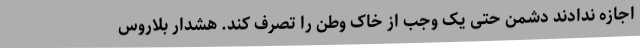
اجازه ندادند دشمن حتی یک وجب از خاک وطن را تصرف کند. هشدار بلاروس